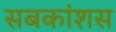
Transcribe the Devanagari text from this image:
सबकांशस